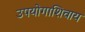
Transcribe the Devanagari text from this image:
उपयोगाशिवाय